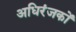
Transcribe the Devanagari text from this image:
अधिरंजकों